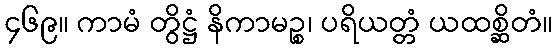
၄၆၉။ ကာမံ တွိဋ္ဌံ နိကာမဉ္စ၊ ပရိယတ္တံ ယထစ္ဆိတံ။